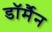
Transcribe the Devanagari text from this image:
डॉर्मैन